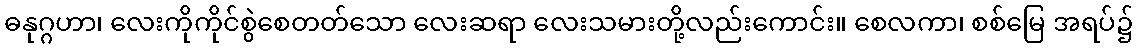
ဓနုဂ္ဂဟာ၊ လေးကိုကိုင်စွဲစေတတ်သော လေးဆရာ လေးသမားတို့လည်းကောင်း။ စေလကာ၊ စစ်မြေ အရပ်၌